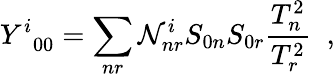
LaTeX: Y_{\; \; 00}^{i}=\sum_{nr}\mathcal{N}_{nr}^{i}S_{0n}S_{0r}\frac{{T_{n}^{2}}}{{T_{r}^{2}}}\; \; ,